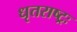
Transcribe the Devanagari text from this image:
धृतराष्ट्रः